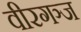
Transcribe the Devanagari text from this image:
वीरगञ्ज